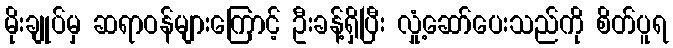
မိုးချုပ်မှ ဆရာဝန်များကြောင့် ဦးခန့်ရှိပြီး လှုံ့ဆော်ပေးသည်ကို စိတ်ပူရ